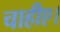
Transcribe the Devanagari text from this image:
चाहीए।